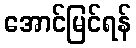
အောင်မြင်ရန်